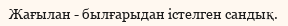
Жағылан - былғарыдан істелген сандық.